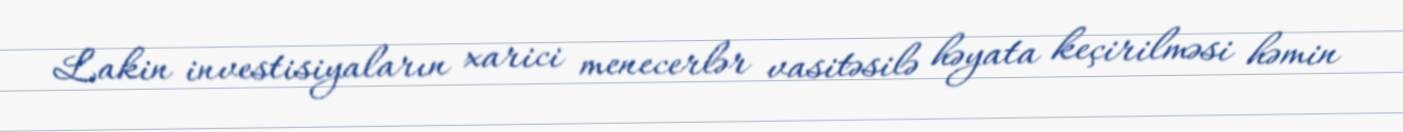
Lakin investisiyaların xarici menecerlər vasitəsilə həyata keçirilməsi həmin